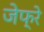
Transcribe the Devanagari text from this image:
जेफ्रे